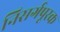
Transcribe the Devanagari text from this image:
निसर्गपूरक